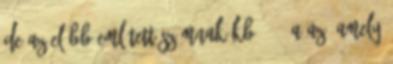
de az előbb említett számnak kb. 10%-a az, amely